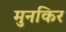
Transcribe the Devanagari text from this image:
मुनकिर